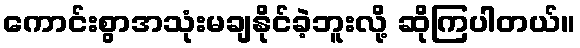
ကောင်းစွာအသုံးမချနိုင်ခဲ့ဘူးလို့ ဆိုကြပါတယ်။